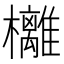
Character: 㰚